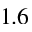
1 . 6